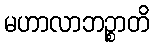
မဟာလာဘဉ္စာတိ